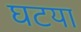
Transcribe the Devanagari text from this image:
घटया